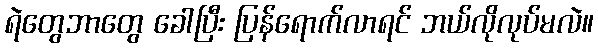
ရဲတွေဘာတွေ ခေါပြီး ပြန်ရောက်လာရင် ဘယ်လိုလုပ်မလဲ။